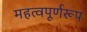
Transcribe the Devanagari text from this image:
महत्वपूर्णरूप